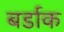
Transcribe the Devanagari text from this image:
बर्डाक